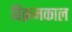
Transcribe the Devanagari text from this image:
विक्रमकाल